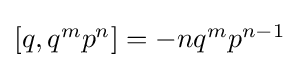
{\textstyle [q,q^{m}p^{n}]=-nq^{m}p^{n-1}}